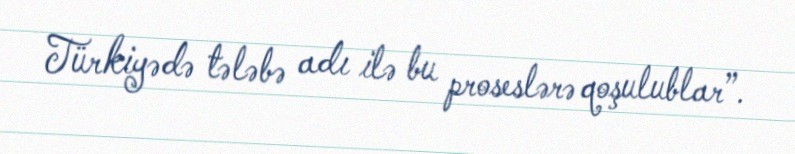
Türkiyədə tələbə adı ilə bu proseslərə qoşulublar”.